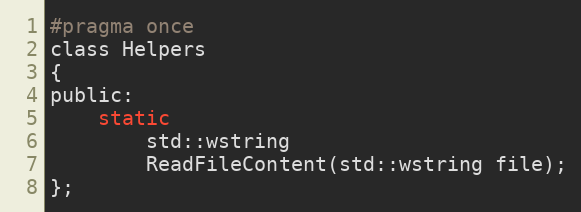
Language: C
#pragma once
class Helpers
{
public:
    static
        std::wstring
        ReadFileContent(std::wstring file);
};